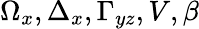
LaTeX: \Omega_{x},\Delta_{x},\Gamma_{yz},V,\beta